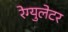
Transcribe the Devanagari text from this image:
रेग्युलेटर